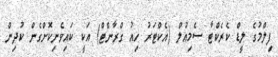
ފިލްމުގެ ލީޑް ކެރެކްޓާ ސެމިއުލް (އެކްޓަރު ހިއު ގްރާންޓް) އަކީ ކައިވެނިކޮށްގެން ކުދިން